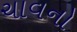
ચાવનો